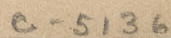
c-5136